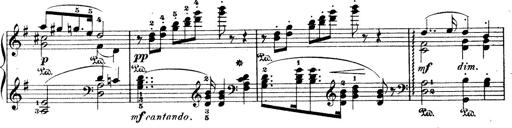
Title: Wagner-Liszt Album
Composer: Franz Liszt